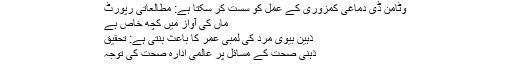
وٹامن ڈی دماغی کمزوری کے عمل کو سست کر سکتا ہے: مطالعاتی رپورٹ
ماں کی آواز میں کچھ خاص ہے
ذہین بیوی مرد کی لمبی عمر کا باعث بنتی ہے: تحقیق
ذہنی صحت کے مسائل پر عالمی ادارہ صحت کی توجہ